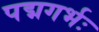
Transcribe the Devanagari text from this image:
पद्मगर्भः